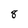
Character: 8